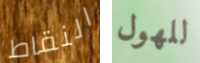
النقاط للهول